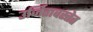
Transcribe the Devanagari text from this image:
उर्जितावस्तेत